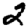
Digit: 2